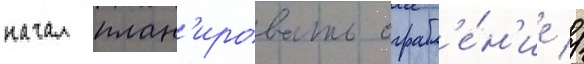
начал план'ировать ограбл'е́н'ие //